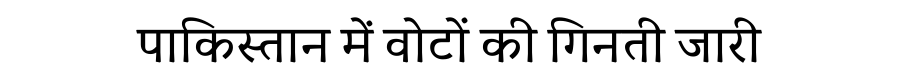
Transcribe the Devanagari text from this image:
पाकिस्तान में वोटों की गिनती जारी